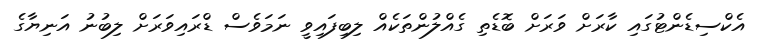
އެކްސިޑެންޓުގައި ކާރަށް ވަރަށް ބޮޑެތި ގެއްލުންތަކެއް ލިބިފައިވީ ނަމަވެސް ޑްރައިވަރަށް ލިބުނު އަނިޔާގެ